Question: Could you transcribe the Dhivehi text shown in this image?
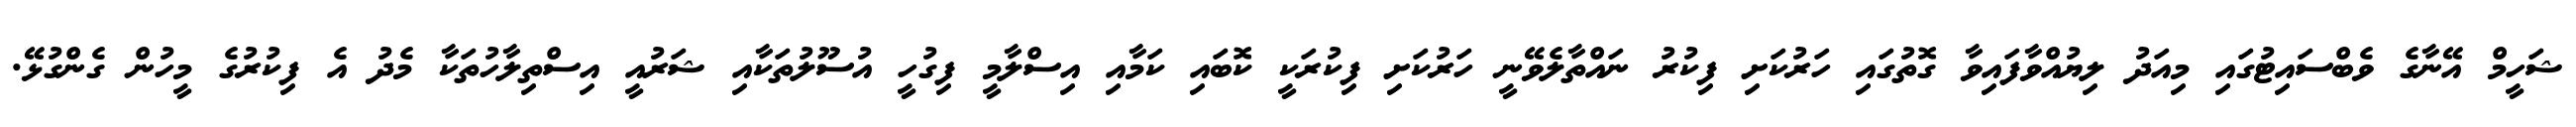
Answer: ޝަހީމް އޭނާގެ ވެބްސައިޓުގައި މިއަދު ލިޔުއްވާފައިވާ ގޮތުގައި ހަރުކަށި ފިކުރު ނައްތާލެވޭނީ ހަރުކަށި ފިކުރަކީ ކޮބައި ކަމާއި އިސްލާމީ ފިގުހީ އުސޫލުތަކާއި ޝަރުއީ އިސްތިލާހުތަކާ މެދު އެ ފިކުރުގެ މީހުން ގެންގުޅޭ.